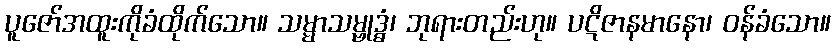
ပူဇော်အထူးကိုခံထိုက်သော။ သမ္မာသမ္ဗုဒ္ဓံ၊ ဘုရားတည်းဟု။ ပဋိဇာနမာနော၊ ဝန်ခံသော။